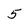
Character: 5